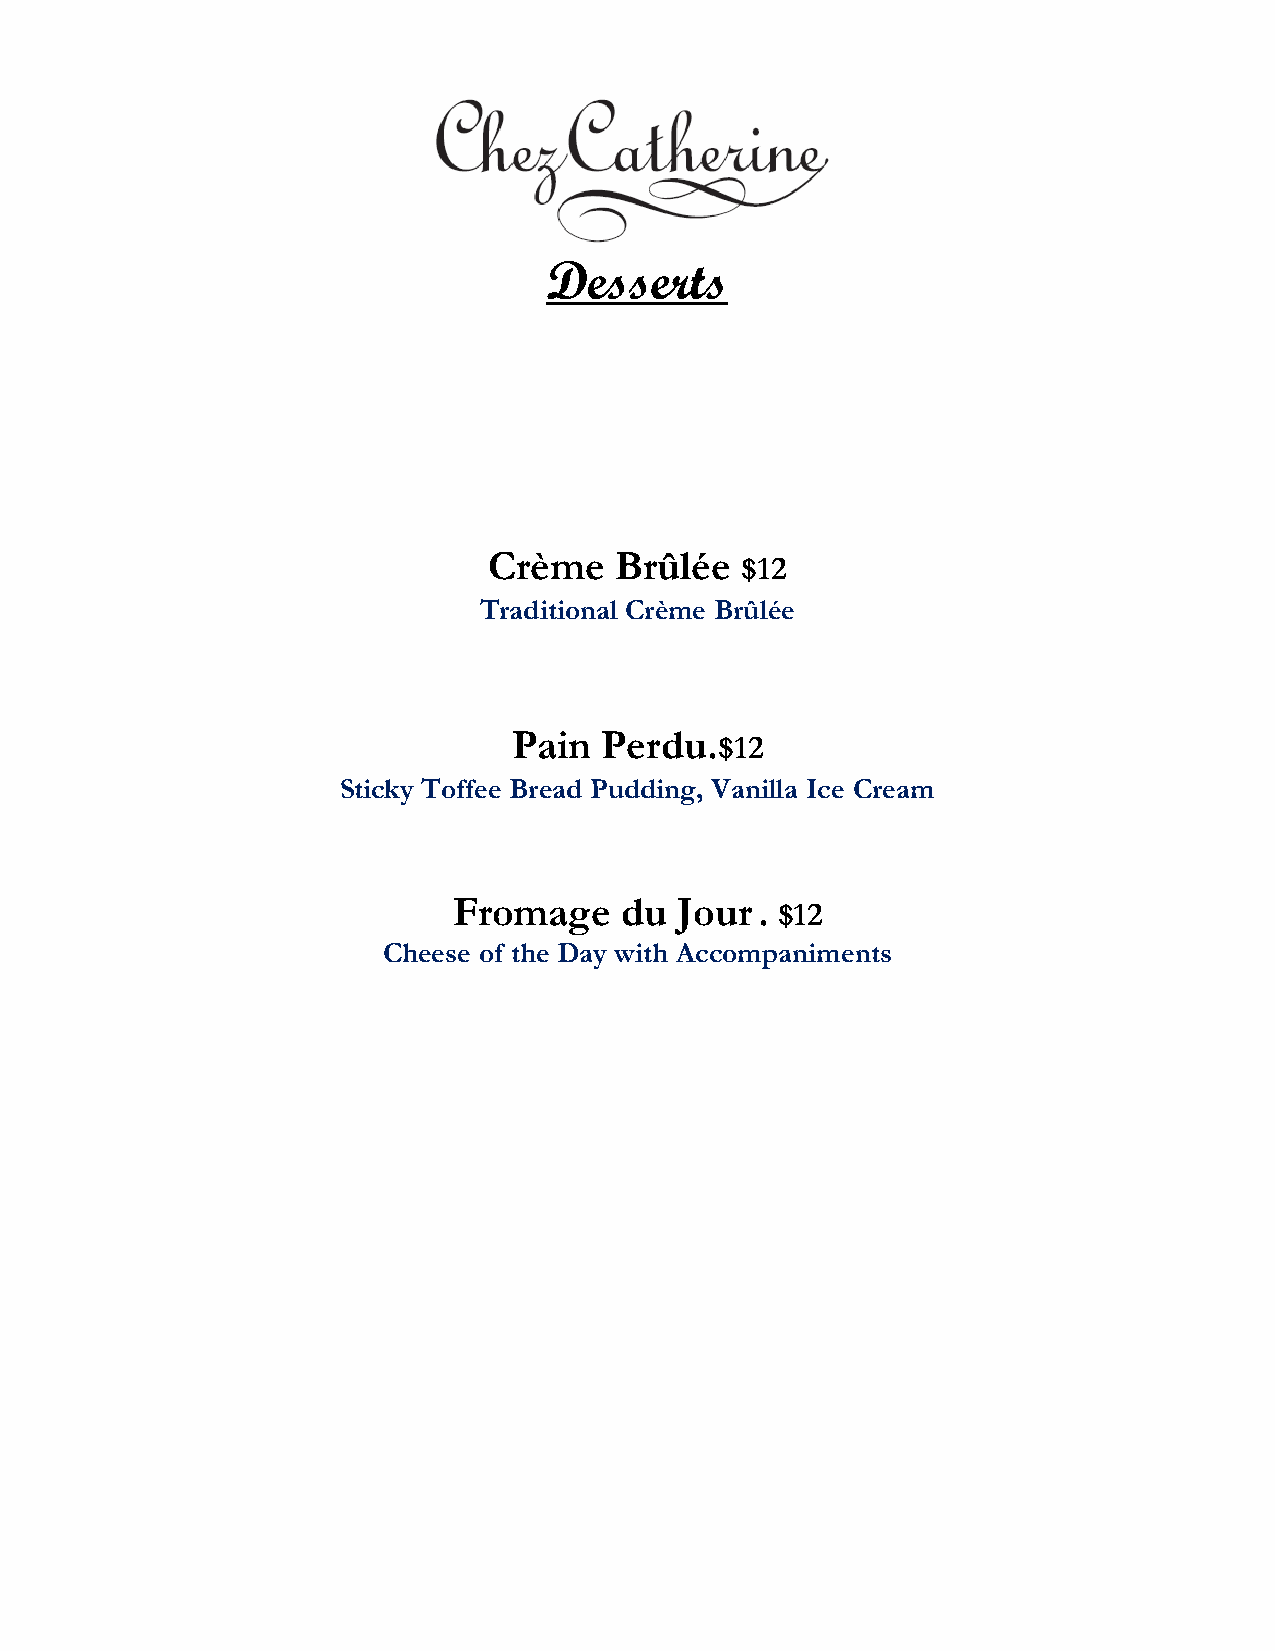
Desserts
 Crème    Brûlée  $12
 Traditional Crème Brûlée
 Pain  Perdu.$12
 Sticky Toffee Bread Pudding, Vanilla Ice Cream
 Fromage    du  Jour . $12
 Cheese of the Day with Accompaniments